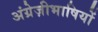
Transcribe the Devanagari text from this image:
अंग्रेज़ीभाषियों